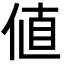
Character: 値